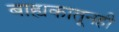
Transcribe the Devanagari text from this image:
बाह्यकातूनही